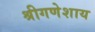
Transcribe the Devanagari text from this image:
श्रीगणेशाय